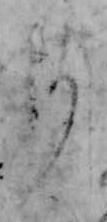
す